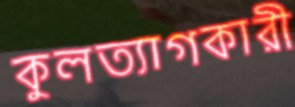
কুলত্যাগকারী